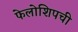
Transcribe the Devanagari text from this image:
फेलोशिपची